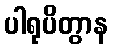
ပါရုပိတွာန